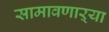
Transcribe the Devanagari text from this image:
सामावणाऱ्या